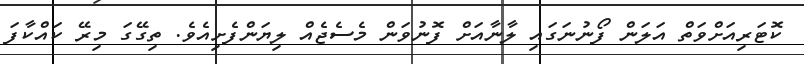
ކޮޓަރިއަށްވަތް އަލަން ފޯނުނަގައި ލާނާއަށް ފޮނުވަން މެސެޖެއް ލިޔަންފެށިއެވެ. ތިގޭގަ މިރޭ ކައްކާފަ